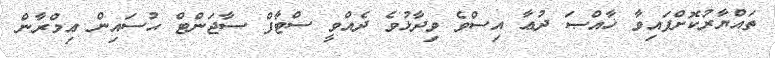
ތައްޔާރުކޮށްފައިވާ ޚާއްޞަ ދުޢާ އިސްވެ ވިދާޅުވެ ދެއްވީ ސްޓާފް ސާޖަންޓް ޙުސައިން ޢިމްރާން